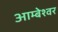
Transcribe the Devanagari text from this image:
आम्बेश्वर